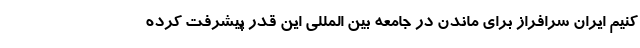
کنیم ایران سرافراز برای ماندن در جامعه بین المللی این قدر پیشرفت کرده